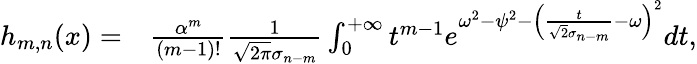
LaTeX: \begin{array}{rl}{h_{m,n}(x)=}&{{}\frac{\alpha^{m}}{(m-1)!}\frac{1}{\sqrt{2\pi}\sigma_{n-m}}\int_{0}^{+\infty}t^{m-1}e^{\omega^{2}-\psi^{2}-\left(\frac{t}{\sqrt{2}\sigma_{n-m}}-\omega\right)^{2}}dt,}\end{array}